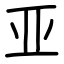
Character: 亚